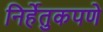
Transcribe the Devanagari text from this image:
निर्हेतुकपणे